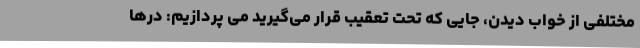
مختلفی از خواب دیدن، جایی که تحت تعقیب قرار می‌گیرید می پردازیم: درها